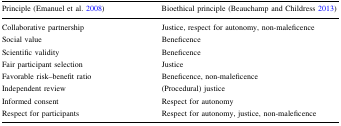
| Principle (Emanuel et al. 2008) | Bioethical principle (Beauchamp and Childress 2013) |
 | --- | --- |
 | Collaborative partnership | Justice, respect for autonomy, non-maleficence |
 | Social value | Beneficence |
 | Scientific validity | Beneficence |
 | Fair participant selection | Justice |
 | Favorable risk–benefit ratio | Beneficence, non-maleficence |
 | Independent review | (Procedural) justice |
 | Informed consent | Respect for autonomy |
 | Respect for participants | Respect for autonomy, justice, non-maleficence |